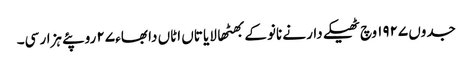
جدوں ١٩٢٧ وچ ٹھیکے دار نے نانوکے بھٹھا لایا تاں اٹاں دا بھاء ٢٧ روپئے ہزار سی۔